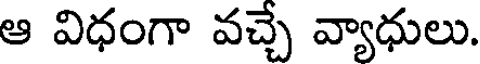
ఆ విధంగా వచ్చే వ్యాధులు.